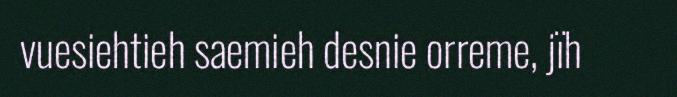
vuesiehtieh saemieh desnie orreme, jïh